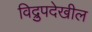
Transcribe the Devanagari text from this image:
विद्रुपदेखील